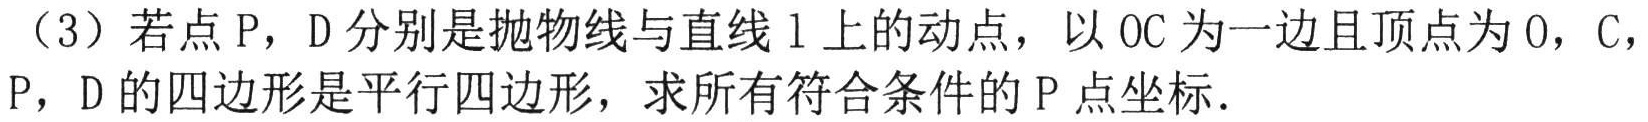
（3）若点\(P\)，\(D\)分别是抛物线与直线\(l\)上的动点，以\(OC\)为一边且顶点为\(O\)，\(C\)，\(P\)，\(D\)的四边形是平行四边形，求所有符合条件的\(P\)点坐标.